Report on vaccination in the Province of Bengal - 1874-1889
Year: 1874
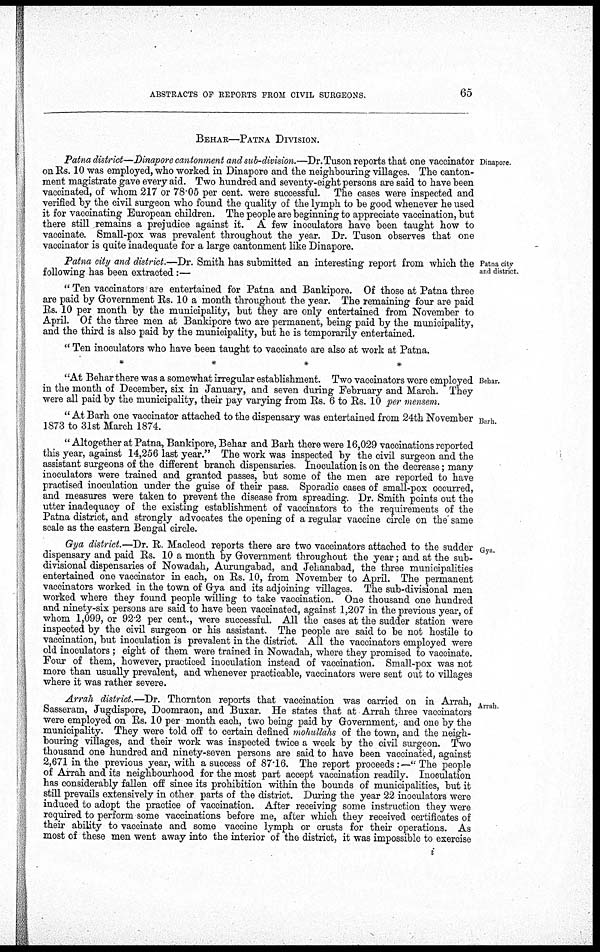
ABSTRACTS OF REPORTS FROM CIVIL SURGEONS.
65
BEHAR—PATNA DIVISION.
Dinapore.
Patna district—Dinapore cantonment and sub-division.—Dr. Tuson reports that one vaccinator
on Rs. 10 was employed, who worked in Dinapore and the neighbouring villages. The canton-
ment magistrate gave every aid. Two hundred and seventy-eight persons are said to have been
vaccinated, of whom 217 or 78.05 per cent. were successful. The cases were inspected and
verified by the civil surgeon who found the quality of the lymph to be good whenever he used
it for vaccinating European children. The people are beginning to appreciate vaccination, but
there still remains a prejudice against it. A few inoculators have been taught how to
vaccinate. Small-pox was prevalent throughout the year. Dr. Tuson observes that one
vaccinator is quite inadequate for a large cantonment like Dinapore.
Patna city
and district.
Patna city and district.—Dr. Smith has submitted an interesting report from which the
following has been extracted:—
" Ten vaccinators are entertained for Patna and Bankipore. Of those at Patna three
are paid by Government Rs. 10 a month throughout the year. The remaining four are paid
Rs. 10 per month by the municipality, but they are only entertained from November to
April. Of the three men at Bankipore two are permanent, being paid by the municipality,
and the third is also paid by the municipality, but he is temporarily entertained.
" Ten inoculators who have been taught to vaccinate are also at work at Patna.
*
*
*
*
Behar.
"At Behar there was a somewhat irregular establishment. Two vaccinators were employed
in the month of December, six in January, and seven during February and March. They
were all paid by the municipality, their pay varying from Rs. 6 to Rs. 10 per mensem.
Barh.
" At Barh one vaccinator attached to the dispensary was entertained from 24th November
1873 to 31st March 1874.
" Altogether at Patna, Bankipore, Behar and Barh there were 16,029 vaccinations reported
this year, against 14,256 last year." The work was inspected by the civil surgeon and the
assistant surgeons of the different branch dispensaries Inoculation is on the decrease; many
inoculators were trained and granted passes, but some of the men are reported to have
practised inoculation under the guise of their pass. Sporadic cases of small-pox occurred,
and measures were taken to prevent the disease from spreading. Dr. Smith points out the
utter inadequacy of the existing establishment of vaccinators to the requirements of the
Patna district, and strongly advocates the opening of a regular vaccine circle on the same
scale as the eastern Bengal circle.
Gya.
Gya district.—Dr. R. Macleod reports there are two vaccinators attached to the sudder
dispensary and paid Rs. 10 a month by Government throughout the year; and at the sub-
divisional dispensaries of Nowadah, Aurungabad, and Jehanabad, the three municipalities
entertained one vaccinator in each, on Rs. 10, from November to April. The permanent
vaccinators worked in the town of Gya and its adjoining villages. The sub-divisional men
worked where they found people willing to take vaccination. One thousand one hundred
and ninety-six persons are said to have been vaccinated, against 1,207 in the previous year, of
whom 1,099, or 92.2 per cent., were successful. All the cases at the sudder station were
inspected by the civil surgeon or his assistant. The people are said to be not hostile to
vaccination, but inoculation is prevalent in the district. All the vaccinators employed were
old inoculators; eight of them were trained in Nowadah, where they promised to vaccinate.
Four of them, however, practiced inoculation instead of vaccination. Small-pox was not
more than usually prevalent, and whenever practicable, vaccinators were sent out to villages
where it was rather severe.
Arrah.
Arrah district.—Dr. Thornton reports that vaccination was carried on in Arrah,
Sasseram, Jugdispore, Doomraon, and Buxar. He states that at Arrah three vaccinators
were employed on Rs. 10 per month each, two being paid by Government, and one by the
municipality. They were told off to certain defined mohullahs of the town, and the neigh-
bouring villages, and their work was inspected twice a week by the civil surgeon. Two
thousand one hundred and ninety-seven persons are said to have been vaccinated, against
2,671 in the previous year, with a success of 87.16. The report proceeds:—"The people
of Arrah and its neighbourhood for the most part accept vaccination readily. Inoculation
has considerably fallen off since its prohibition within the bounds of municipalities, but it
still prevails extensively in other parts of the district. During the year 22 inoculators were
induced to adopt the practice of vaccination. After receiving some instruction they were
required to perform some vaccinations before me, after which they received certificates of
their ability to vaccinate and some vaccine lymph or crusts for their operations. As
most of these men went away into the interior of the district, it was impossible to exercise
i